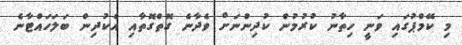
މި ކޭމްޕުގައި ވަނީ ހިތާނު ކުރުމުން ކުދިންނަށް ވެދާނެ ގޮތްގޮތާއި އެކުދިން ބަލަހައްޓާނެ